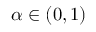
\alpha \in ( 0 , 1 )